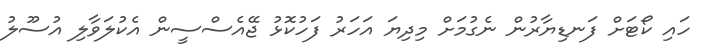
ހައި ކޯޓަށް ފަނޑިޔާރުން ނެގުމަށް މިދިޔަ އަހަރު ފަހުކޮޅު ޖޭއެސްސީން އެކުލަވާލި އުސޫލު